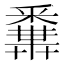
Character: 𨤝